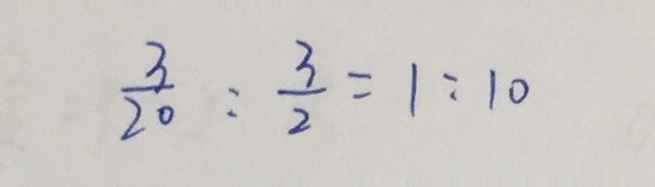
\frac { 3 } { 2 0 } : \frac { 3 } { 2 } = 1 : 1 0